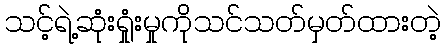
သင့်ရဲ့ဆုံးရှုံးမှုကိုသင်သတ်မှတ်ထားတဲ့